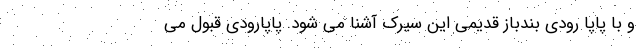
و با پاپا رودی بندباز قدیمی این سیرک آشنا می شود. پاپارودی قبول می